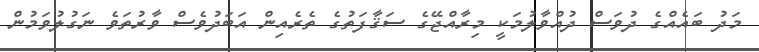
މަދު ބައެއްގެ ދުވަސް ދުއްވާލުމަކީ މިރާއްޖޭގެ ސަޤާފަތުގެ ތެރެއިން އަބަދުވެސް ވާރުތަވެ ނަގުލުވަމުން